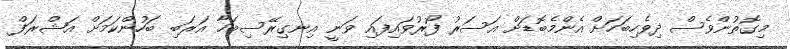
މިގޮތުންވެސް ދިވެހިބަހަށް އެންމެބޮޑަށް އަސަރު ފޯރުވައިފައި ވަނީ އިނގިރޭސިބަހާ އަރަބި ބަހުންކަމަށް އަޝްރަފް